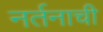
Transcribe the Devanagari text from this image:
नर्तनाची